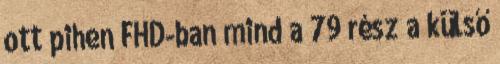
ott pihen FHD-ban mind a 79 rész a külső